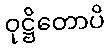
ဝုဋ္ဌိတောပိ